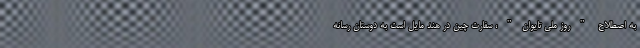
به اصطلاح "روز ملی تایوان"، سفارت چین در هند مایل است به دوستان رسانه